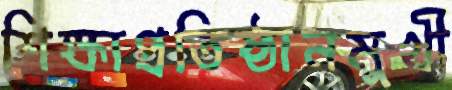
শিক্ষাপ্রতিষ্ঠানমুখী